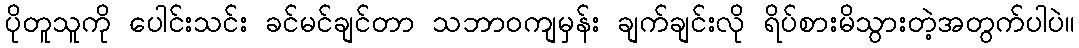
ပိုတူသူကို ပေါင်းသင်း ခင်မင်ချင်တာ သဘာဝကျမှန်း ချက်ချင်းလို ရိပ်စားမိသွားတဲ့အတွက်ပါပဲ။